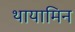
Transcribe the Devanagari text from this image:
थायामिन